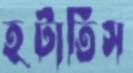
হটাতিস